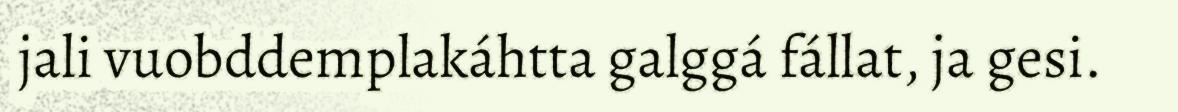
jali vuobddemplakáhtta galggá fállat, ja gesi.